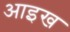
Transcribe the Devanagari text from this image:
आइख